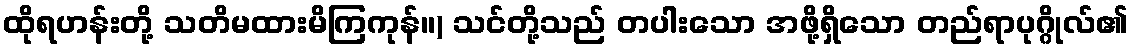
ထိုရဟန်းတို့ သတိမထားမိကြကုန်။) သင်တို့သည် တပါးသော အဖို့ရှိသော တည်ရာပုဂ္ဂိုလ်၏